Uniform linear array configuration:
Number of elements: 48
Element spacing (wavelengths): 1
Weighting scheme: binomial
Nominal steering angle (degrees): -30
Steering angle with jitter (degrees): -29.434
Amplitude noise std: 0.05
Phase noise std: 0.05

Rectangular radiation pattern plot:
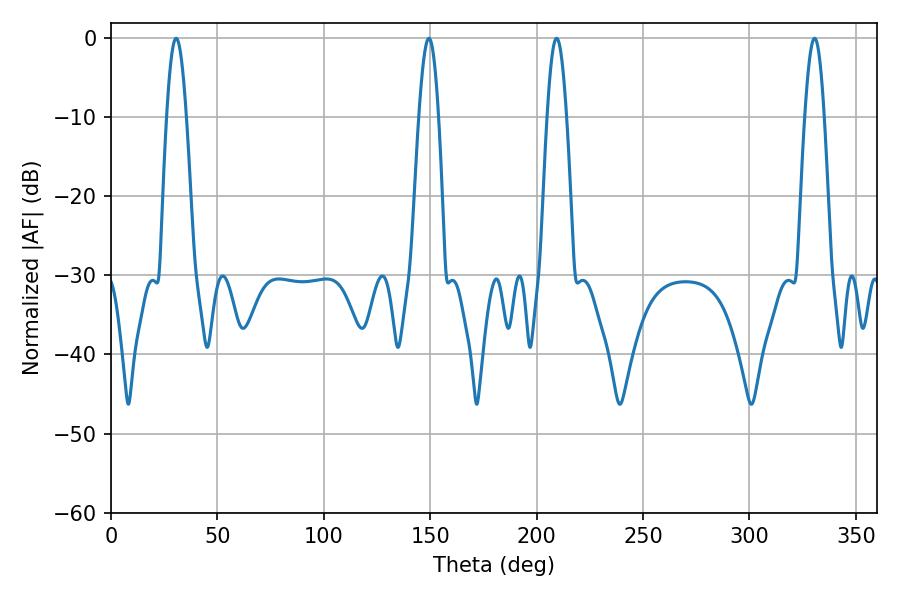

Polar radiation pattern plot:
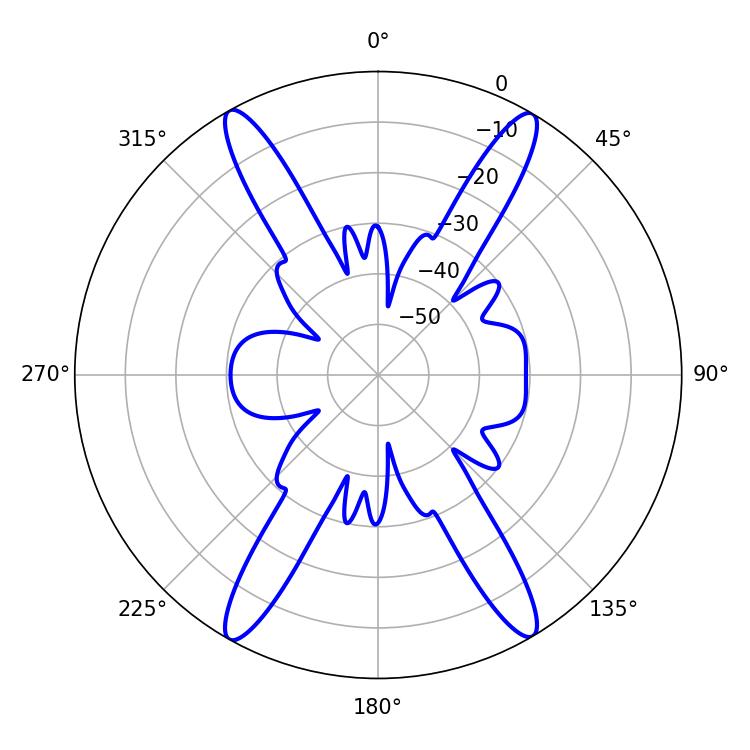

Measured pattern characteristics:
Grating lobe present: TRUE
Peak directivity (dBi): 25.885
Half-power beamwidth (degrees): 4.86
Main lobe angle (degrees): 30.6